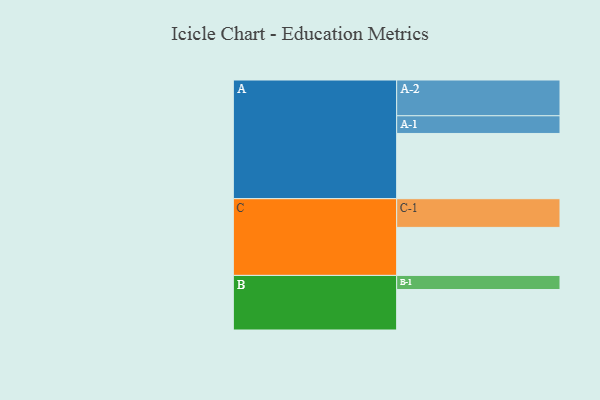
{"axis": {"x": "Segment", "y": "Value"}, "legend": ["", "A", "B", "C"], "data": [{"x": "A", "y": 527, "type": ""}, {"x": "B", "y": 327, "type": ""}, {"x": "C", "y": 388, "type": ""}, {"x": "A-1", "y": 143, "type": "A"}, {"x": "A-2", "y": 289, "type": "A"}, {"x": "B-1", "y": 114, "type": "B"}, {"x": "C-1", "y": 232, "type": "C"}]}